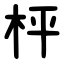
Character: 枰